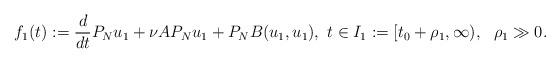
LaTeX: \begin{align*} f_1(t):=\frac{d}{dt}P_Nu_1+\nu AP_Nu_1+P_NB(u_1,u_1),\ t\in I_1:=[t_0+\rho_1,\infty),\ \ \rho_1\gg 0. \end{align*}